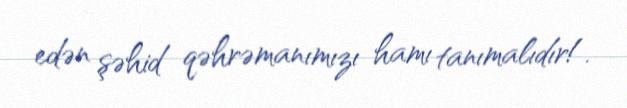
edən şəhid qəhrəmanımızı hamı tanımalıdır!.